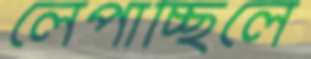
লেপাচ্ছিলে